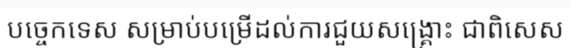
បច្ចេកទេស សម្រាប់បម្រើដល់ការជួយសង្គ្រោះ ជាពិសេស